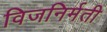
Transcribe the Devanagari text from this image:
विजनिर्मती